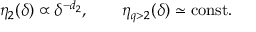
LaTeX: \eta _ { 2 } ( \delta ) \propto \delta ^ { - d _ { 2 } } , \qquad \eta _ { q > 2 } ( \delta ) \simeq \mathrm { c o n s t } .